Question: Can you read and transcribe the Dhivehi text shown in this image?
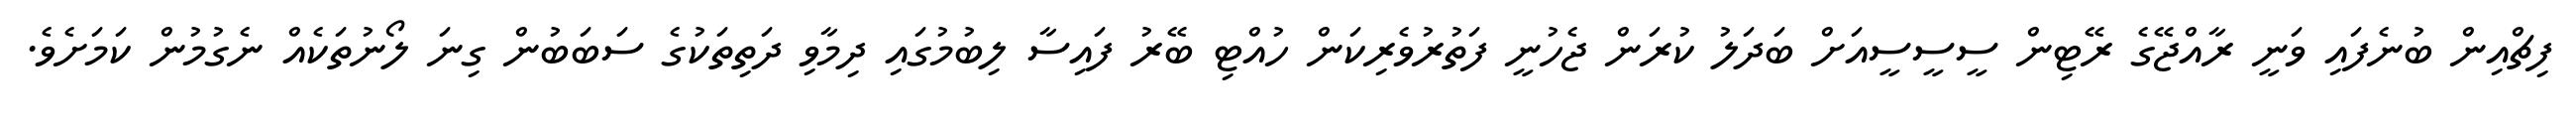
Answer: ފިޗްއިން ބުނެފައި ވަނީ ރާއްޖޭގެ ރޭޓިން ސީސީސީއަށް ބަދަލު ކުރަން ޖެހުނީ ފަތުރުވެރިކަން ހުއްޓި ބޭރު ފައިސާ ލިބުމުގައި ދިމާވި ދަތިތަކުގެ ސަބަބުން ގިނަ ލޯނުތަކެއް ނެގުމުން ކަމަށެވެ.